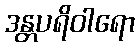
ဒန္တပရိဝါရော